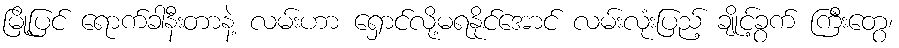
မြို့ပြင် ရောက်ခါနီးတာနဲ့ လမ်းဟာ ရှောင်လို့မရနိုင်အောင် လမ်းလုံးပြည့် ချိုင့်ခွက် ကြီးတွေ၊